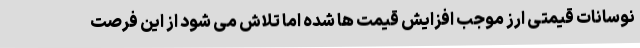
نوسانات قیمتی ارز موجب افزایش قیمت ها شده اما تلاش می شود از این فرصت